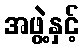
အဖွဲ့နှင့်